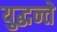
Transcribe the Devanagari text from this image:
युद्धन्ते